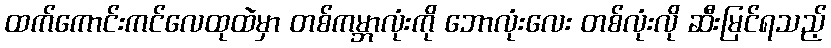
ထက်ကောင်းကင်လေထုထဲမှာ တစ်ကမ္ဘာလုံးကို ဘောလုံးလေး တစ်လုံးလို ဆီးမြင်ရသည့်